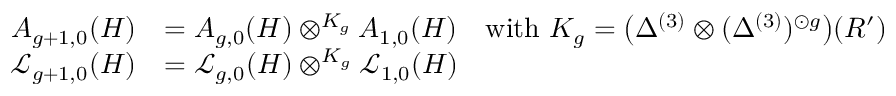
\begin{array} { r l } { A _ { g + 1 , 0 } ( H ) } & { = A _ { g , 0 } ( H ) \otimes ^ { K _ { g } } A _ { 1 , 0 } ( H ) \quad \mathrm { w i t h ~ } K _ { g } = \bigl ( \Delta ^ { ( 3 ) } \otimes ( \Delta ^ { ( 3 ) } ) ^ { \odot g } \bigr ) ( R ^ { \prime } ) } \\ { \mathcal { L } _ { g + 1 , 0 } ( H ) } & { = \mathcal { L } _ { g , 0 } ( H ) \otimes ^ { K _ { g } } \mathcal { L } _ { 1 , 0 } ( H ) } \end{array}